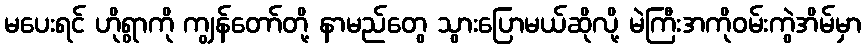
မပေးရင် ဟိုရွာကို ကျွန်တော်တို့ နာမည်တွေ သွားပြောမယ်ဆိုလို့ မဲကြီးအကိုဝမ်းကွဲအိမ်မှာ